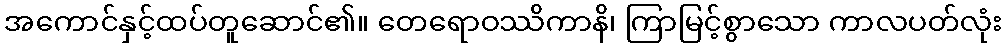
အကောင်နှင့်ထပ်တူဆောင်၏။ တေရောဝဿိကာနိ၊ ကြာမြင့်စွာသော ကာလပတ်လုံး